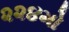
૨૨૪મો